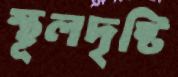
স্থূলদৃষ্টি